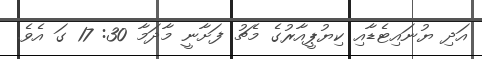
އަދި ޔުނައިޓެޑާއި ކިޔުޕީއާރުގެ މެޗު ފަށާނީ މާދަމާ 30: 17 ގަ އެވެ.